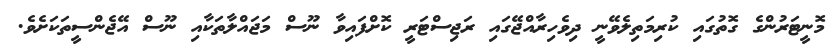
މޮނީޓަރުންގެ ގޮތުގައި ކުރިމަތިލެވޭނީ ދިވެހިރާއްޖޭގައި ރަޖިސްޓަރީ ކޮށްފައިވާ ނޫސް މަޖައްލާތަކާއި ނޫސް އޭޖެންސީތަކަށެވެ.